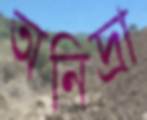
অনিদ্রা